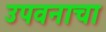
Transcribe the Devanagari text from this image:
उपवनाचा